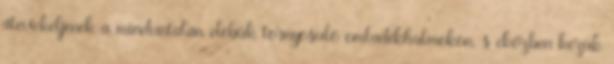
átevickéljenek a minduntalan elébük tornyosuló omladékhalmokon, s eközben kezük